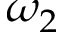
\omega _ { 2 }